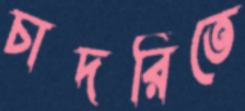
চাদরিতে